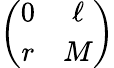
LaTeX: \left(\begin{array}{cc}{{0}}&{{\ell}}\\ {{r}}&{{M}}\end{array}\right)